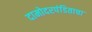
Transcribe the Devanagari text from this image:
दामोदरपंडिताचा